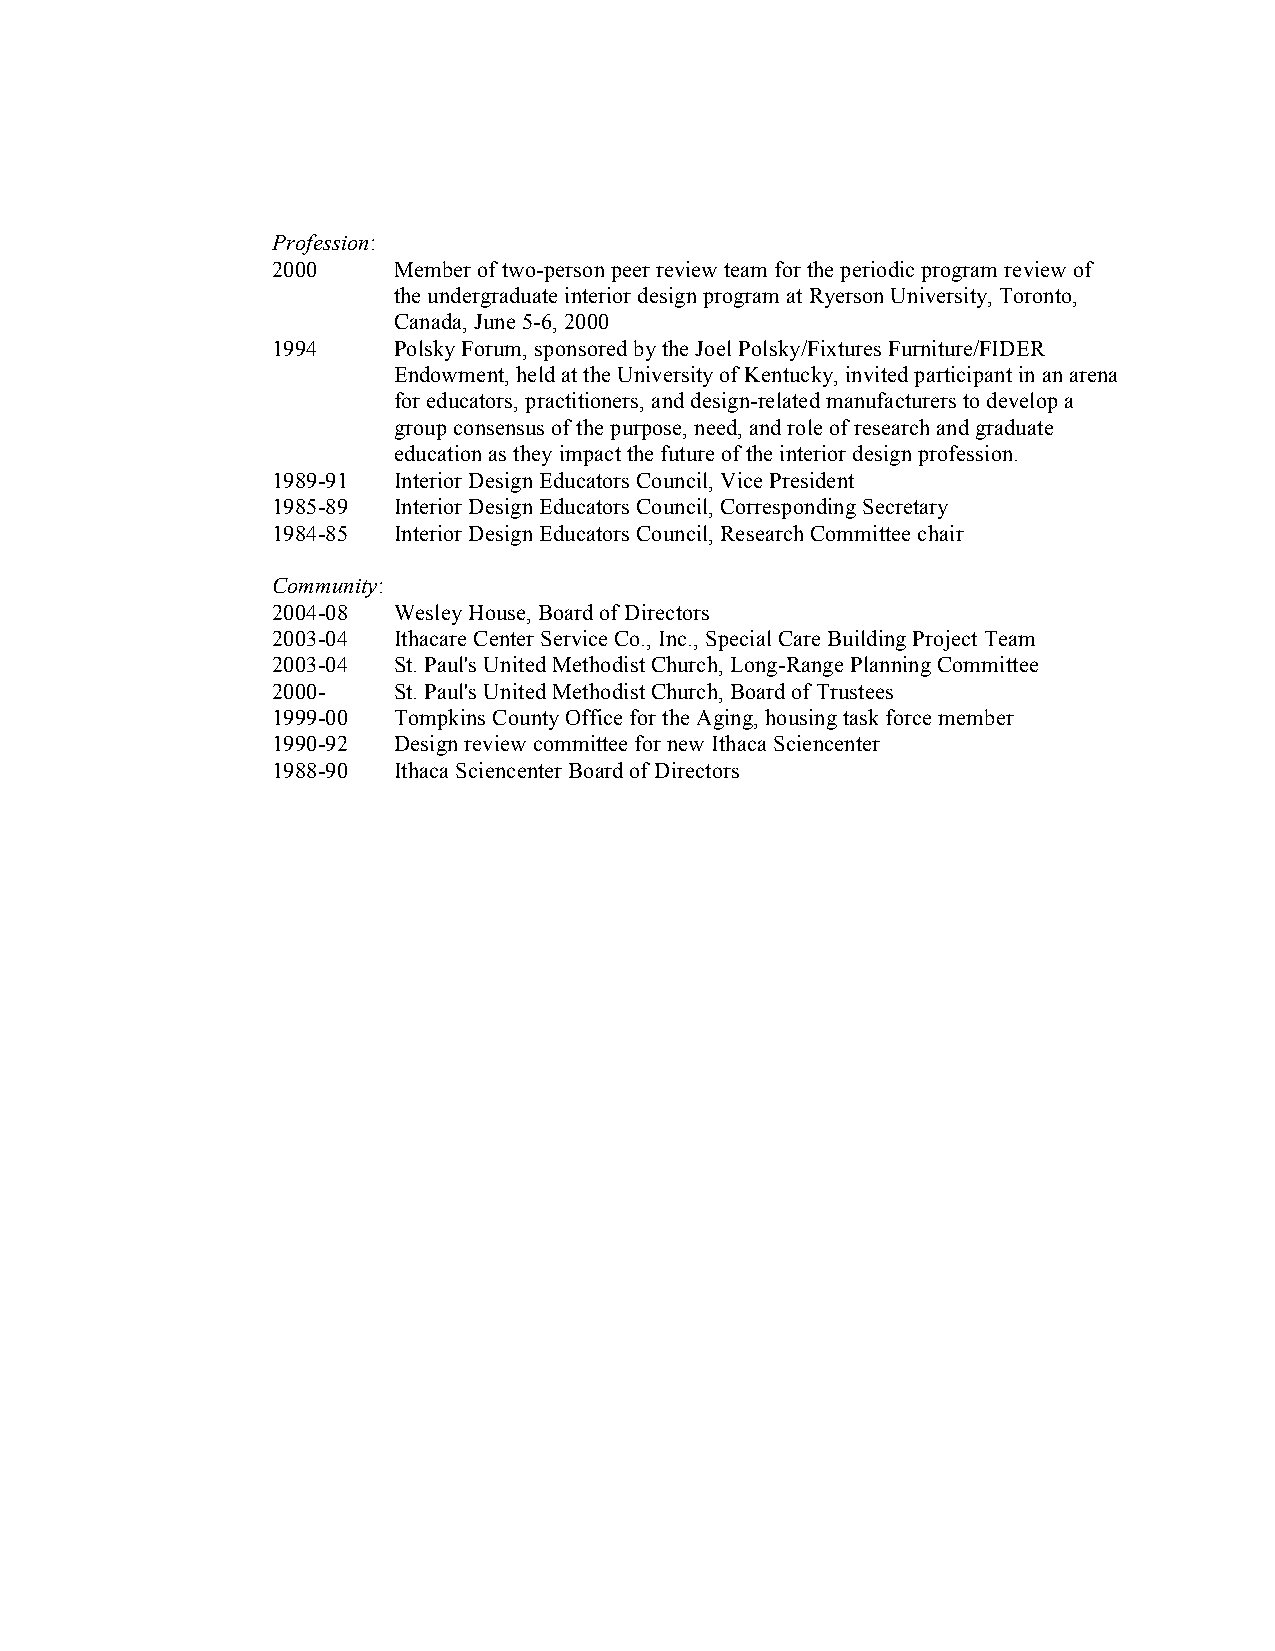
Profession:
 2000    Member of two-person peer review team for the periodic program review of
 the undergraduate interior design program at Ryerson University, Toronto,
 Canada, June 5-6, 2000
 1994    Polsky Forum, sponsored by the Joel Polsky/Fixtures Furniture/FIDER
 Endowment, held at the University of Kentucky, invited participant in an arena
 for educators, practitioners, and design-related manufacturers to develop a
 group consensus of the purpose, need, and role of research and graduate
 education as they impact the future of the interior design profession.
 1989-91 Interior Design Educators Council, Vice President
 1985-89 Interior Design Educators Council, Corresponding Secretary
 1984-85 Interior Design Educators Council, Research Committee chair
 Community:
 2004-08 Wesley House, Board of Directors
 2003-04 Ithacare Center Service Co., Inc., Special Care Building Project Team
 2003-04 St. Paul's United Methodist Church, Long-Range Planning Committee
 2000-   St. Paul's United Methodist Church, Board of Trustees
 1999-00 Tompkins County Office for the Aging, housing task force member
 1990-92 Design review committee for new Ithaca Sciencenter
 1988-90 Ithaca Sciencenter Board of Directors